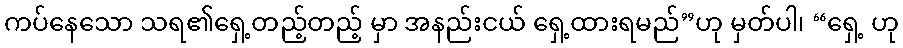
ကပ်နေသော သရ၏ရှေ့တည့်တည့် မှာ အနည်းငယ် ရှေ့ထားရမည်”ဟု မှတ်ပါ၊ “ရှေ့ ဟု